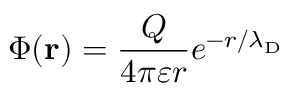
\Phi ( \mathbf { r } ) = { \frac { Q } { 4 \pi \varepsilon r } } e ^ { - r / \lambda _ { \mathrm { { D } } } }